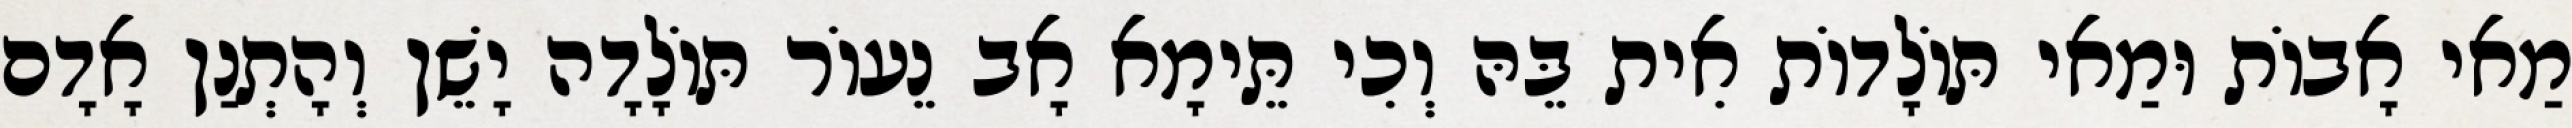
מַאי אָבוֹת וּמַאי תּוֹלָדוֹת אִית בֵּהּ וְכִי תֵּימָא אָב נֵעוֹר תּוֹלָדָה יָשֵׁן וְהָתְנַן אָדָם